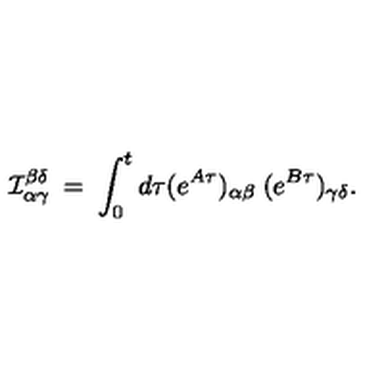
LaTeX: { \cal I } _ { \alpha \gamma } ^ { \beta \delta } \: = \: \int _ { 0 } ^ { t } d \tau ( e ^ { A \tau } ) _ { \alpha \beta } \: ( e ^ { B \tau } ) _ { \gamma \delta } .